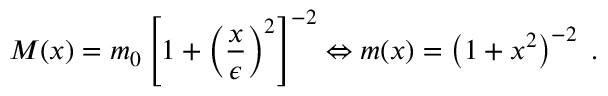
M ( x ) = m _ { 0 } \left[ 1 + { \left( \frac { x } { \epsilon } \right) } ^ { 2 } \right] ^ { - 2 } \Leftrightarrow m ( x ) = \left( 1 + x ^ { 2 } \right) ^ { - 2 } \; .